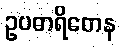
ဥပဓာရိတေန